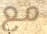
مع